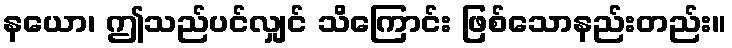
နယော၊ ဤသည်ပင်လျှင် သိကြောင်း ဖြစ်သောနည်းတည်း။